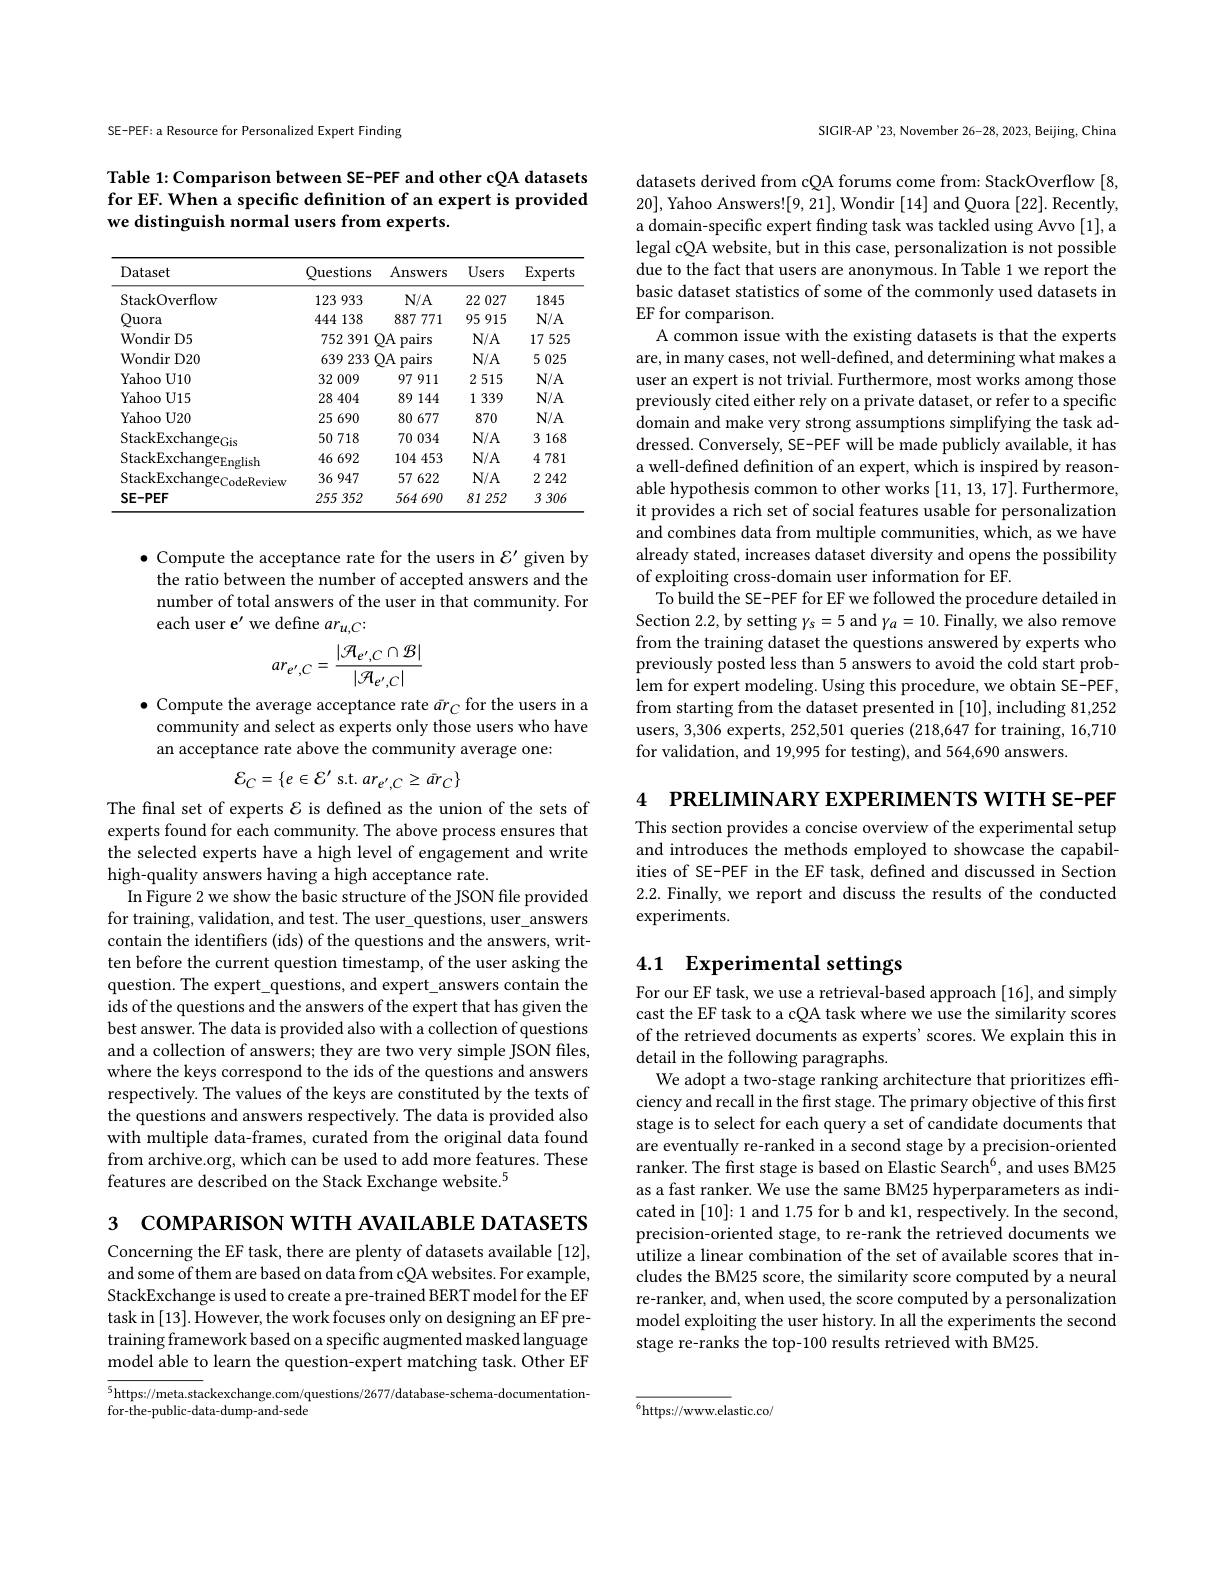
SE-PEF: a Resource for Personalized Expert Finding

Table 1: Comparison between SE-PEF and other cQA datasets for EF. When a specific definition of an expert is provided we distinguish normal users from experts.

<table>
	<tbody>
		<tr>
			<th>Dataset</th>
			<th>Questions</th>
			<th>Answers</th>
			<th>Users</th>
			<th>Experts</th>
		</tr>
		<tr>
			<td>StackOverflow</td>
			<td>123933</td>
			<td>$N/A$</td>
			<td>22 027</td>
			<td>1845</td>
		</tr>
		<tr>
			<td>Quora</td>
			<td>444138</td>
			<td>887771</td>
			<td>95915</td>
			<td>$N/A$</td>
		</tr>
		<tr>
			<td>Wondir D5</td>
			<td>752391</td>
			<td>$DA$ pairs 1 .</td>
			<td>$N/A$</td>
			<td>17525</td>
		</tr>
		<tr>
			<td>Wondir D20</td>
			<td>639233</td>
			<td>$DA$ pairs 1 .</td>
			<td>$N/A$</td>
			<td>5025</td>
		</tr>
		<tr>
			<td>Yahoo U10</td>
			<td>32009</td>
			<td>97911</td>
			<td>2515</td>
			<td>$N/A$</td>
		</tr>
		<tr>
			<td>Yahoo U15</td>
			<td>28404</td>
			<td>89144</td>
			<td>1339</td>
			<td>$N/A$</td>
		</tr>
		<tr>
			<td>Yahoo U20</td>
			<td>25690</td>
			<td>80 677</td>
			<td>870</td>
			<td>$N/A$</td>
		</tr>
		<tr>
			<td>StackExchange$_\mathrm{Gis}$</td>
			<td>50 718</td>
			<td>70 034</td>
			<td>$N/A$</td>
			<td>3168</td>
		</tr>
		<tr>
			<td>StackExchange$_\mathrm{English}$</td>
			<td>46692</td>
			<td>104453</td>
			<td>$N/A$</td>
			<td>4781</td>
		</tr>
		<tr>
			<td>StackExchange$_\mathrm{CodeReview}$</td>
			<td>36947</td>
			<td>57622</td>
			<td>$N/A$</td>
			<td>2 242</td>
		</tr>
		<tr>
			<td>SE-PEF</td>
			<td>255352</td>
			<td>564690</td>
			<td>81252</td>
			<td>3306</td>
		</tr>
	</tbody>
</table>

$\bullet$ Compute the acceptance rate for the users in $\mathcal{E}^\prime$ given by the ratio between the number of accepted answers and the number of total answers of the user in that community. For each user e' we define $ar_{u,C}:$
$$ar_{e^{\prime},C}=\frac{|\mathcal{A}_{e^{\prime},C}\cap\mathcal{B}|}{|\mathcal{A}_{e^{\prime},C}|}$$
$\bullet$ Compute the average acceptance rate $\bar{a}r_C$ for the users in a community and select as experts only those users who have an acceptance rate above the community average one:
$$\mathcal{E}_{C}=\{e\in\mathcal{E}^{\prime}\:\mathrm{s.t.}\:ar_{e^{\prime},C}\geq\bar{ar}_{C}\}$$
The final set of experts $\mathcal{E}$ is defined as the union of the sets of experts found for each community. The above process ensures that the selected experts have a high level of engagement and write high-quality answers having a high acceptance rate.
In Figure 2 we show the basic structure of the JSON file provided for training, validation, and test. The user\_questions, user\_answers contain the identifiers (ids) of the questions and the answers, written before the current question timestamp, of the user asking the question. The expert\_questions, and expert\_answers contain the ids of the questions and the answers of the expert that has given the best answer. The data is provided also with a collection of questions and a collection of answers; they are two very simple JSON files, where the keys correspond to the ids of the questions and answers respectively. The values of the keys are constituted by the texts of the questions and answers respectively. The data is provided also with multiple data-frames, curated from the original data found from archive.org, which can be used to add more features. These features are described on the Stack Exchange website.$^5$

3 СОМРАRISON WITH АУАILAВLE DATASETS

Concerning the EF task, there are plenty of datasets available [12], and some of them are based on data from cQA websites. For example, StackExchange is used to create a pre-trained BERT model for the EF task in [13]. However, the work focuses only on designing an EF pretraining framework based on a specific augmented masked language model able to learn the question-expert matching task. Other EF

$^{5}$https://meta.stackexchange.com/questions/2677/database-schema-documentation-
for-the-public-data-dump-and-sede

SIGIR-AP'23, November 26-28, 2023, Beijing, China

datasets derived from cQA forums come from: StackOverflow [8, 20], Yahoo Answers![9,21],Wondir [14] and Quora [22]. Recently, a domain-specific expert finding task was tackled using Avvo [1], a legal cQA website, but in this case, personalization is not possible due to the fact that users are anonymous. In Table 1 we report the basic dataset statistics of some of the commonly used datasets in EF for comparison.
A common issue with the existing datasets is that the experts are, in many cases, not well-defined, and determining what makes a user an expert is not trivial. Furthermore, most works among those previously cited either rely on a private dataset, or refer to a specific domain and make very strong assumptions simplifying the task addressed. Conversely, SE-PEF will be made publicly available, it has a well-defined definition of an expert, which is inspired by reasonable hypothesis common to other works [11,13,17]. Furthermore, it provides a rich set of social features usable for personalization and combines data from multiple communities, which, as we have already stated, increases dataset diversity and opens the possibility of exploiting cross-domain user information for EF.
To build the SE-PEF for EF we followed the procedure detailed in Section 2.2, by setting $\gamma_{s}=5$ and $\gamma_{a}=10.$ Finally, we also remove from the training dataset the questions answered by experts who previously posted less than 5 answers to avoid the cold start problem for expert modeling. Using this procedure, we obtain SE-PEF, from starting from the dataset presented in [10], including 81,252 users, 3,306 experts, 252,501 queries (218,647 for training, 16,710 for validation, and 19,995 for testing), and 564,690 answers.

4 $\textbf{PRELIMINARY EXPERIMENTS WITH SE- PEF}$

This section provides a concise overview of the experimental setup and introduces the methods employed to showcase the capabilities of SE-PEF in the EF task, defined and discussed in Section 2.2. Finally, we report and discuss the results of the conducted experiments.

# 4.1 Experimental settings

For our EF task, we use a retrieval-based approach [16], and simply cast the EF task to a cQA task where we use the similarity scores of the retrieved documents as experts' scores. We explain this in detail in the following paragraphs.
We adopt a two-stage ranking architecture that prioritizes effciency and recall in the first stage. The primary objective of this first stage is to select for each query a set of candidate documents that are eventually re-ranked in a second stage by a precision-oriented ranker. The first stage is based on Elastic Search$^6$, and uses BM25 as a fast ranker. We use the same BM25 hyperparameters as indicated in [10]{:}1 and 1.75 for b and k1, respectively. In the second, precision-oriented stage, to re-rank the retrieved documents we utilize a linear combination of the set of available scores that includes the BM25 score, the similarity score computed by a neural re-ranker, and, when used, the score computed by a personalization model exploiting the user history. In all the experiments the second stage re-ranks the top-100 results retrieved with BM25.

${\overline{^6}}$https://www.elastic.co/